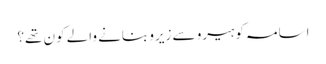
اسامہ کو ہیرو سے زیرو بنانے والے کون تھے؟